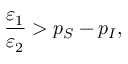
\frac { \varepsilon _ { 1 } } { \varepsilon _ { 2 } } > p _ { S } - p _ { I } ,